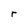
Character: r